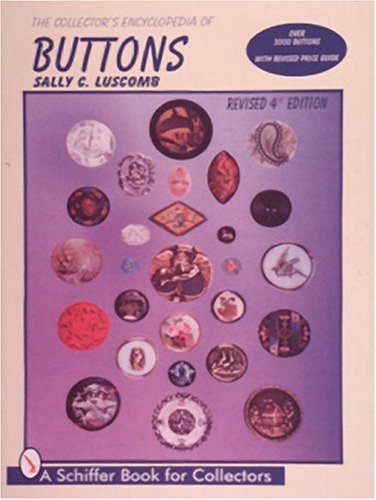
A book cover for The Collector's Encyclopedia of Buttons (Schiffer Book for Collectors); Sally C. Luscomb; Crafts, Hobbies & Home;